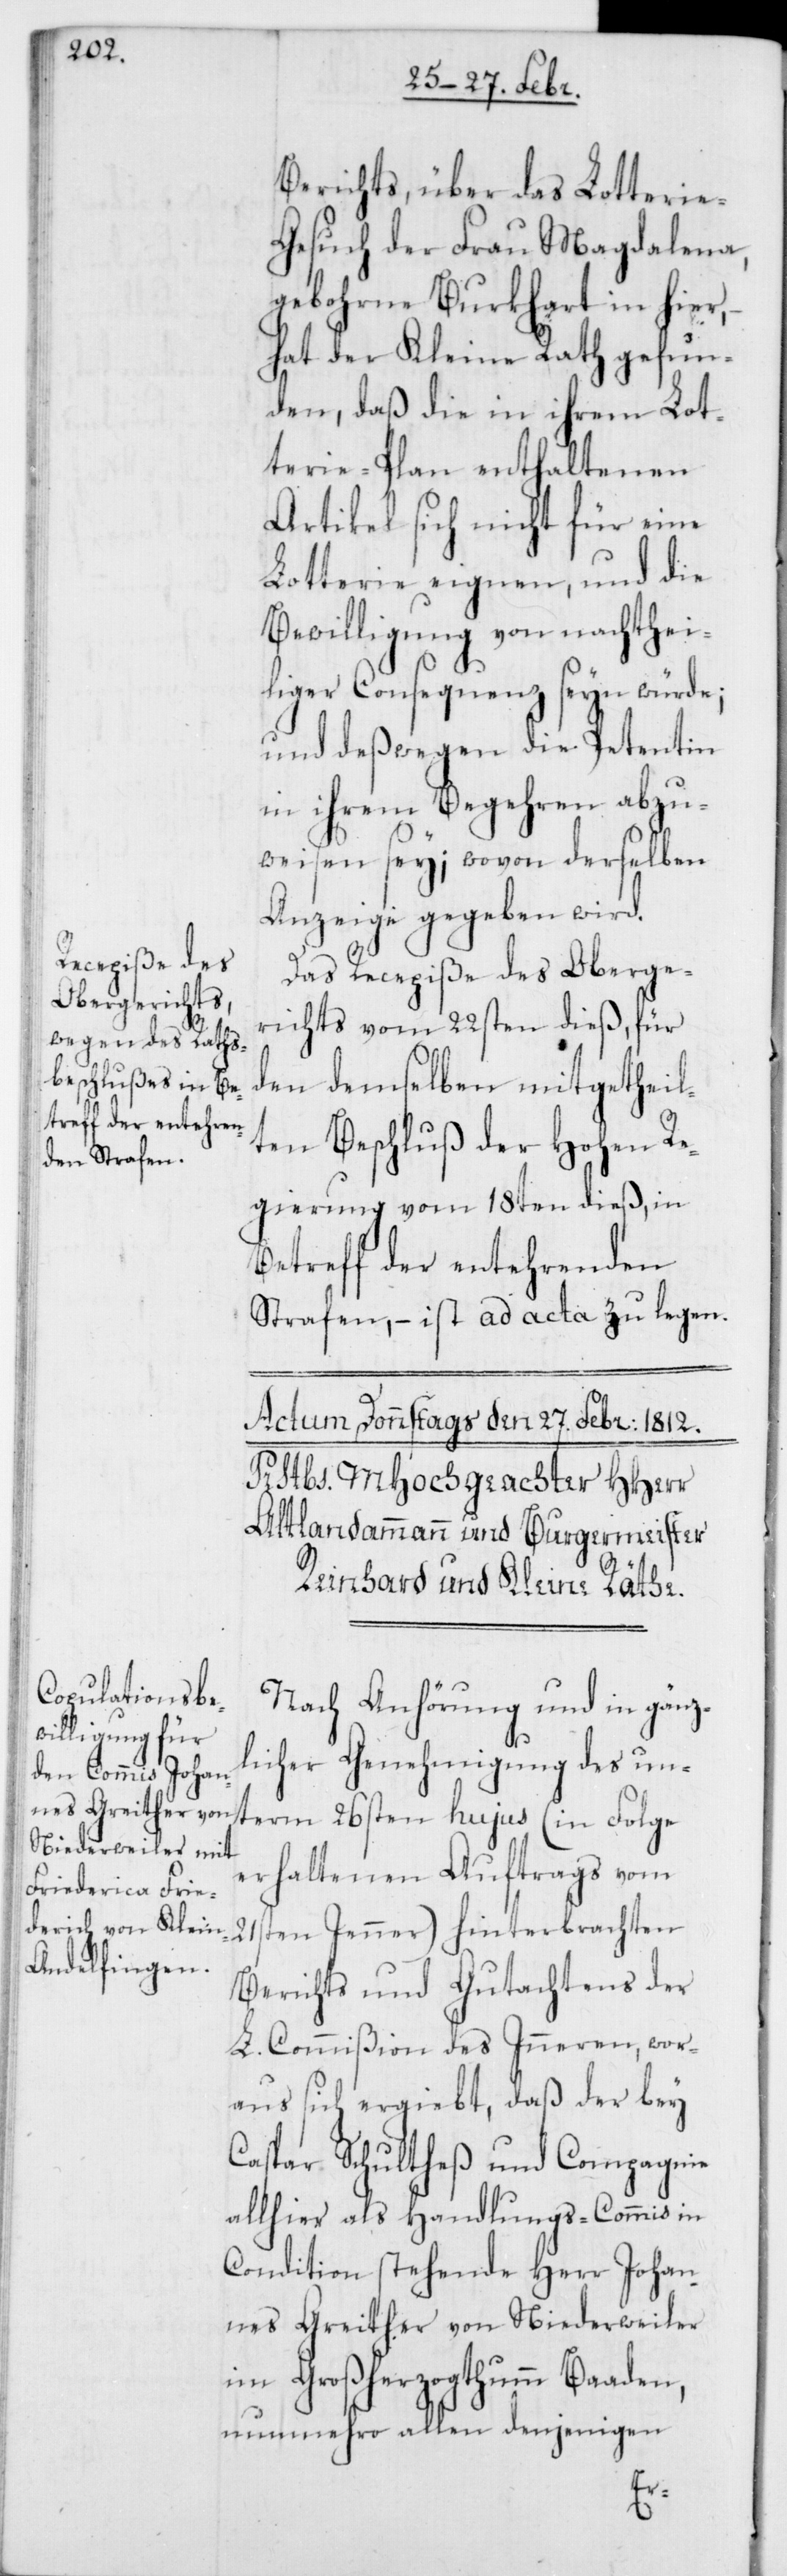
Berichts, über das Lotterie-G¬
esuch der Frau Magdalena,
gebohrne Burkhart in hier,
hat der Kleine Rath gefun¬
den, daß die in ihrem Lot¬
terie-Plan enthaltenen
Artikel sich nicht für eine
Lotterie eignen, und die
Bewilligung von nachthei¬
liger Consequenz seyn würde;
und deßwegen die Petentin
in ihrem Begehren abzu¬
weisen sey; wovon derselben
Anzeige gegeben wird.
Das Recepiße des Oberge¬
richts vom 22sten dieß, für
den demselben mitgetheil¬
ten Beschluß der Hohen Re¬
gierung vom 18ten dieß, in
Betreff der entehrenden
Strafen, – ist ad acta zu legen.
Nach Anhörung und in gänz¬
licher Genehmigung des un¬
erhaltenen Auftrags vom
21sten Jenner) hinterbrachten
Berichts und Gutachtens der
L. Commißion des Inneren, wor¬
aus sich ergiebt, daß der bey
Caspar Schultheß und Compagnie
allhier als Handlungs-Commis in
Condition stehende Herr Johan¬
nes Greither von Niederweiler
im Großherzogthumm Baaden,
nunmehro allen denjenigen
term